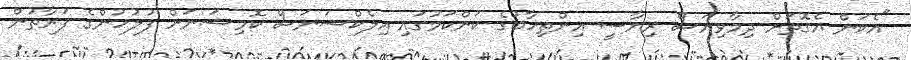
"އެކަން އެގޮތަށް ދިމާވިޔަސް ރިޔާސީ އިންތިހާބުގެ ކަންކަމުގައި އިލެކްޝަނަސް ކޮމިޝަނަށް ފުލުހުންގެ ފަރާތުން